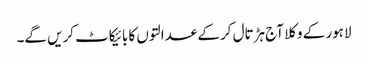
لاہور کے وکلا آج ہڑتال کر کے عدالتوں کا بائیکاٹ کریں گے۔